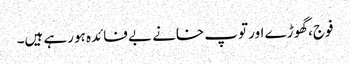
فوج، گھوڑے اور توپ خانے بے فائدہ ہورہے ہیں۔